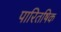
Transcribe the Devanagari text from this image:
पारितषिक